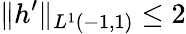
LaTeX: \| h^{\prime}\| _{L^{1}(-1,1)}\leq 2